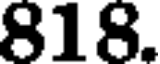
818.